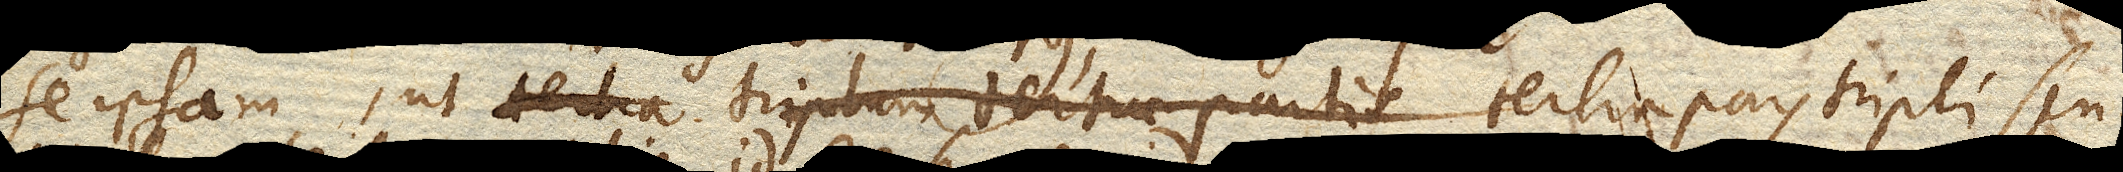
se ipsam, ut tertia pars tripli seu triplum tertiae partis, id est semper idem.